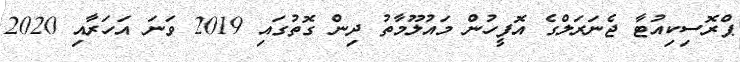
ޕްރޮސިކިއުޓާ ޖެނަރަލްގެ އޮފީހުން މައުލޫމާތު ދިން ގޮތުގައި 2019 ވަނަ އަހަރާއި 2020